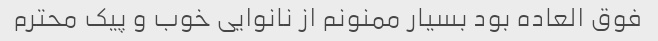
فوق العاده بود بسیار ممنونم از نانوایی خوب و پیک محترم